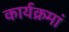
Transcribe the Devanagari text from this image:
कार्यक्रमां